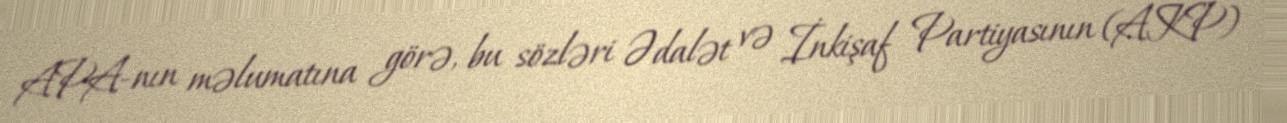
APA-nın məlumatına görə, bu sözləri Ədalət və İnkişaf Partiyasının (AKP)